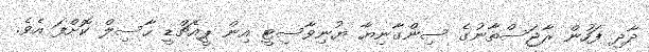
ދާދި ފަހުން ރާޖަސްތާނުގެ ސިންގާނިޔާ ޔުނިވާސިޓީ އިން ޕީއެޗްޑީ ހާސިލް ކޮށްފަ އެވެ.